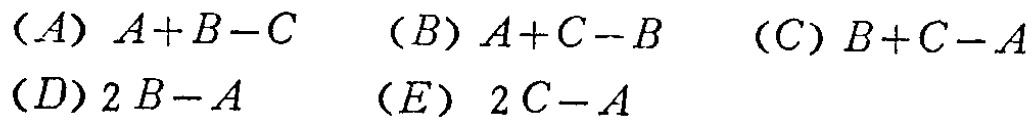
(A) \(A + B - C\)  (B) \(A + C - B\)  (C) \(B + C - A\)  (D) \(2B - A\)  (E) \(2C - A\)